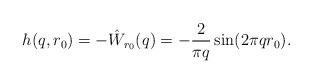
LaTeX: \begin{align*}h(q,r_0) = -\hat W_{r_0}(q) = -\frac{2}{\pi q}\sin(2\pi q r_0).\end{align*}